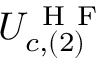
U _ { c , ( 2 ) } ^ { \mathrm { ~ H ~ F ~ } }